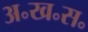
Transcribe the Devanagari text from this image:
अ॰ख॰स॰